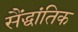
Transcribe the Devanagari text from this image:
सैंद्धांतिक